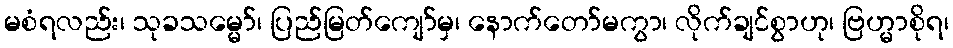
မစံရလည်း၊ သုခသမ္မော်၊ ပြည်မြတ်ကျော်မှ၊ နောက်တော်မကွာ၊ လိုက်ချင်စွာဟု၊ ဗြဟ္မာစိုရ၊